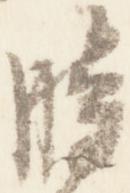
時